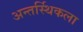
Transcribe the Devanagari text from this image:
अन्तर्स्थिकला